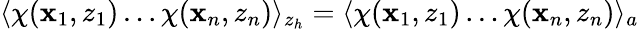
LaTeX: \langle\chi(\mathbf{x}_{1},z_{1})\ldots\chi(\mathbf{x}_{n},z_{n})\rangle_{z_{h}}=\langle\chi(\mathbf{x}_{1},z_{1})\ldots\chi(\mathbf{x}_{n},z_{n})\rangle_{a}